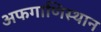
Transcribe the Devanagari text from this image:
अफगाणिस्थान